Calcutta medical institutions reports 1879-81 [i.e.91]
Year: 1879
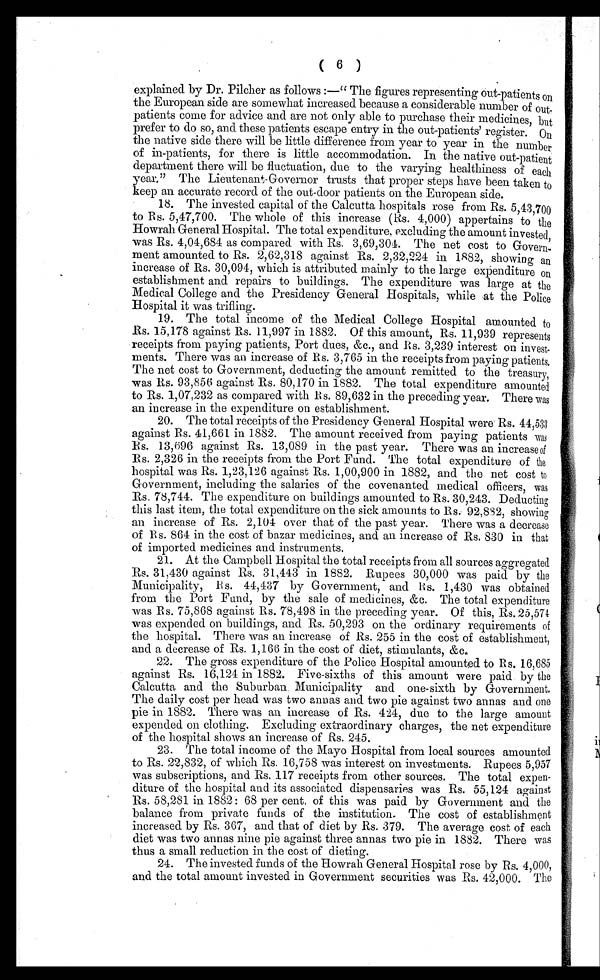
( 6 )
explained by Dr. Pilcher as follows :—"The figures representing out-patients on
the European side are somewhat increased because a considerable number of out-
patients come for advice and are not only able to purchase their medicines, but
prefer to do so, and these patients escape entry in the out-patients' register. On
the native side there will be little difference from year to year in the number
of in-patients, for there is little accommodation. In the native out-patient
department there will be fluctuation, due to the varying healthiness of each
year," The Lieutenant-Governor trusts that proper steps have been taken to
keep an accurate record of the out-door patients on the European side.
18. The invested capital of the Calcutta hospitals rose from Rs. 5,43,700
to Rs. 5,47,700. The whole of this increase (Rs. 4,000) appertains to the
Howrah General Hospital. The total expenditure, excluding the amount invested,
was Rs. 4,04,684 as compared with Rs. 3,69,304. The net cost to Govern-
ment amounted to Rs. 2,62,318 against Rs. 2,32,224 in 1882, showing an
increase of Rs. 30,094, which is attributed mainly to the large expenditure on
establishment and repairs to buildings. The expenditure was large at the
Medical College and the Presidency General Hospitals, while at the Police
Hospital it was trifling.
19. The total income of the Medical College Hospital amounted to
Rs. 15,178 against Rs. 11,997 in 1882. Of this amount, Rs. 11,939 represents
receipts from paying patients, Port dues, &c., and Rs. 3,239 interest on invest-
ments. There was an increase of Rs. 3,765 in the receipts from paying patients.
The net cost to Government, deducting the amount remitted to the treasury,
was Rs. 93,856 against Rs, 80,170 in 1882. The total expenditure amounted
to Rs. 1,07,232 as compared with Rs. 89,632 in the preceding year. There was
an increase in the expenditure on establishment.
20. The total receipts of the Presidency General Hospital were Rs. 44,533
against Rs. 41,661 in 1882. The amount received from paying patients was
R s. 13,696 against Rs. 13,089 in the past year. There was an increase of
Rs. 2,326 in the receipts from the Port Fund. The total expenditure of the
hospital was Rs. 1,23,126 against Rs. 1,00,900 in 1882, and the net cost to
Government, including the salaries of the covenanted medical officers, was
Rs. 78,744. The expenditure on buildings amounted to Rs. 30,243. Deducting
this last item, the total expenditure on the sick amounts to Rs. 92,882, showing
an increase of Rs. 2,104 over that of the past year. There was a decrease
of Rs. 864 in the cost of bazar medicines, and an increase of Rs. 830 in that
of imported medicines and instruments.
21. At the Campbell Hospital the total receipts from all sources aggregated
Rs. 31,430 against Rs. 31,443 in 1882. Rupees 30,000 was paid by the
Municipality, Rs. 44,437 by Government, and Rs. 1,430 was obtained
from the Port Fund, by the sale of medicines, &c. The total expenditure
was Rs. 75,868 against Rs. 78,498 in the preceding year. Of this, Rs. 25,574
was expended on buildings, and Rs. 50,293 on the ordinary requirements of
the hospital. There was an increase of Rs. 255 in the cost of establishment,
and a decrease of Rs. 1,166 in the cost of diet, stimulants, &c.
22. The gross expenditure of the Police Hospital amounted to Rs. 16,685
against Rs. 16,124 in 1882. Five-sixths of this amount were paid by the
Calcutta and the Suburban Municipality and one-sixth by Government.
The daily cost per head was two annas and two pie against two annas and one
pie in 1882. There was an increase of Rs. 424, due to the large amount
expended on clothing. Excluding extraordinary charges, the net expenditure
of the hospital shows an increase of Rs. 245.
23. The total income of the Mayo Hospital from local sources amounted
to Rs. 22,832, of which Rs. 16,758 was interest on investments. Rupees 5,957
was subscriptions, and Rs. 117 receipts from other sources. The total expen
- d i t u r e o f t h e h o s p i t a l a n d i t s a s s o c i a t e d d i s p e n s a r i e s w a s R s . 5 5 , 1 2 4 a g a i n s t
Rs. 58,281 in 1882 : 68 per cent. of this was paid by Government and the
balance from private funds of the institution. The cost of establishment
increased by Rs. 367, and that of diet by Rs. 379. The average cost of each
diet was two annas nine pie against three annas two pie in 1882. There was
thus a small reduction in the cost of dieting.
24. The invested funds of the Howrah General Hospital rose by Rs. 4,000,
and the total amount invested in Government securities was Rs. 42,000. The